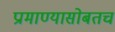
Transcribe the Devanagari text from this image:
प्रामाण्यासोबतच